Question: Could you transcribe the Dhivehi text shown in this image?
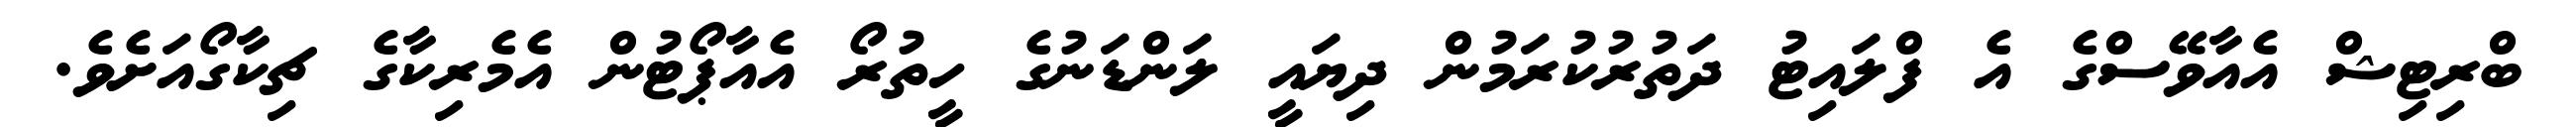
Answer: ބްރިޓިޝް އެއާވޭސްގެ އެ ފްލައިޓު ދަތުރުކުރަމުން ދިޔައީ ލަންޑަނުގެ ހީތުރޯ އެއާޕޯޓުން އެމެރިކާގެ ޗިކާގޯއަށެވެ.